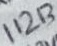
Text: t11213